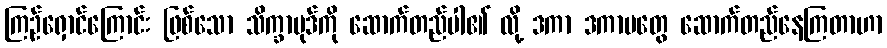
ကြဉ်ရှောင်ကြောင်း ဖြစ်သော သိက္ခာပုဒ်ကို ဆောက်တည်ပါ၏ လို့ ဒကာ ဒကာမတွေ ဆောက်တည်နေကြတာဟာ